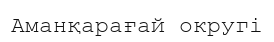
Аманқарағай округі